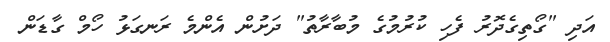
އަދި "ގޯތިގެދޮރު ފެހި ކުރުމުގެ މުބާރާތު" ދަށުން އެންމެ ރަނގަޅު ހޯމް ގާޑަން